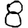
Digit: 8